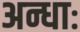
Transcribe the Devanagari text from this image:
अन्धाः